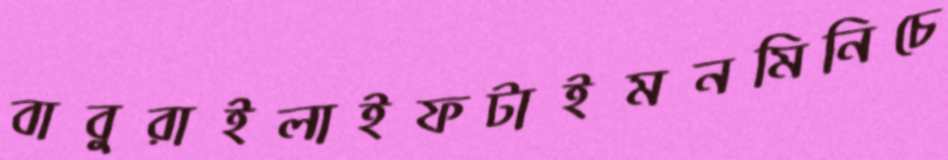
বাবুরাইলাইফটাইমনমিনিচে